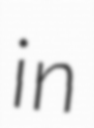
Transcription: in